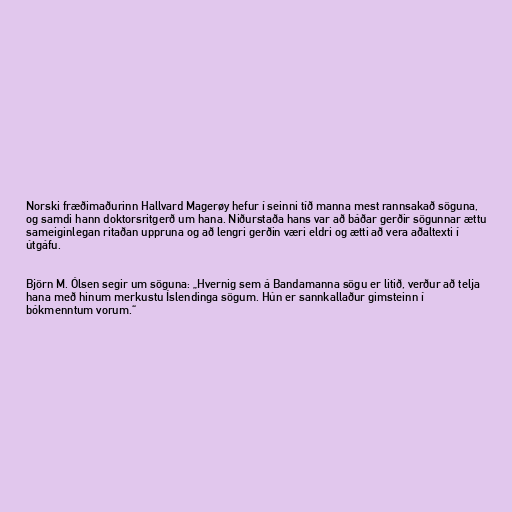
Norski fræðimaðurinn Hallvard Magerøy hefur í seinni tíð manna mest rannsakað söguna,
og samdi hann doktorsritgerð um hana. Niðurstaða hans var að báðar gerðir sögunnar ættu
sameiginlegan ritaðan uppruna og að lengri gerðin væri eldri og ætti að vera aðaltexti í
útgáfu.

Björn M. Ólsen segir um söguna: „Hvernig sem á Bandamanna sögu er litið, verður að telja
hana með hinum merkustu Íslendinga sögum. Hún er sannkallaður gimsteinn í
bókmenntum vorum.“